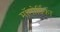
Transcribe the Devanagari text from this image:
मॉमोर्डिका